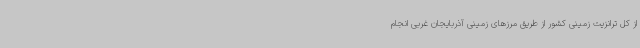
از کل ترانزیت زمینی کشور از طریق مرزهای زمینی آذربایجان غربی انجام